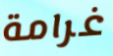
غرامة